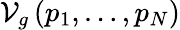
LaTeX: \mathcal{V}_{g}\left(p_{1},\ldots,p_{N}\right)